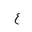
Letter: _ayn